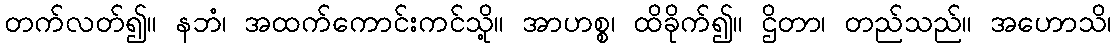
တက်လတ်၍။ နဘံ၊ အထက်ကောင်းကင်သို့။ အာဟစ္စ၊ ထိခိုက်၍။ ဌိတာ၊ တည်သည်။ အဟောသိ၊